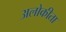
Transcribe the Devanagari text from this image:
अलोकीता